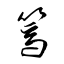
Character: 篶